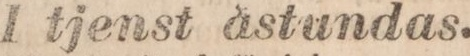
I tjenst åstundas.